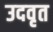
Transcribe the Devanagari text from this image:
उदवृत